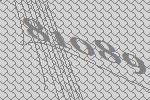
81089